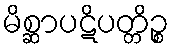
မိစ္ဆာပဋိပတ္တိဉ္စ